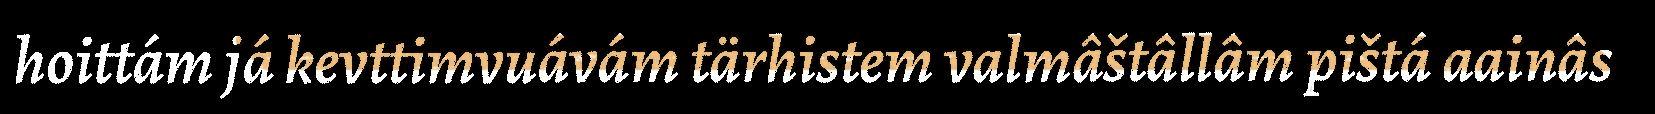
hoittám já kevttimvuávám tärhistem valmâštâllâm pištá aainâs